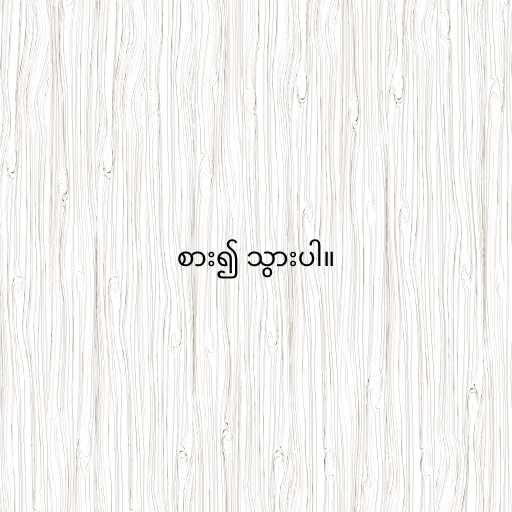
စား၍ သွားပါ။